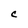
Character: C